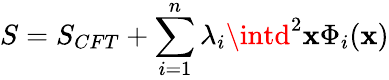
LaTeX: S=S_{CFT}+\sum_{i=1}^{n}\lambda_{i}\intd^{2}\mathbf{x}\Phi_{i}(\mathbf{x})